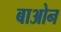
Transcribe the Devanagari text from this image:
बाओन